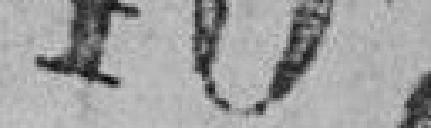
407